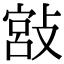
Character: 𢾮